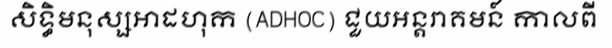
សិទ្ធិមនុស្សអាដហុក (ADHOC) ជួយអន្តរាគមន៍ កាលពី